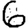
Digit: 6